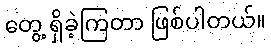
တွေ့ ရှိခဲ့ကြတာ ဖြစ်ပါတယ်။